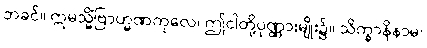
ဘခင်။ ဣမသ္မိံဗြာဟ္မဏကုလေ၊ ဤငါတို့ပုဏ္ဏားမျိုး၌။ သိက္ခာနိနာမ၊